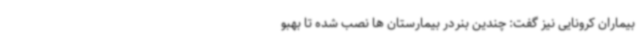
بیماران کرونایی نیز گفت: چندین بنردر بیمارستان ها نصب شده تا بهبو